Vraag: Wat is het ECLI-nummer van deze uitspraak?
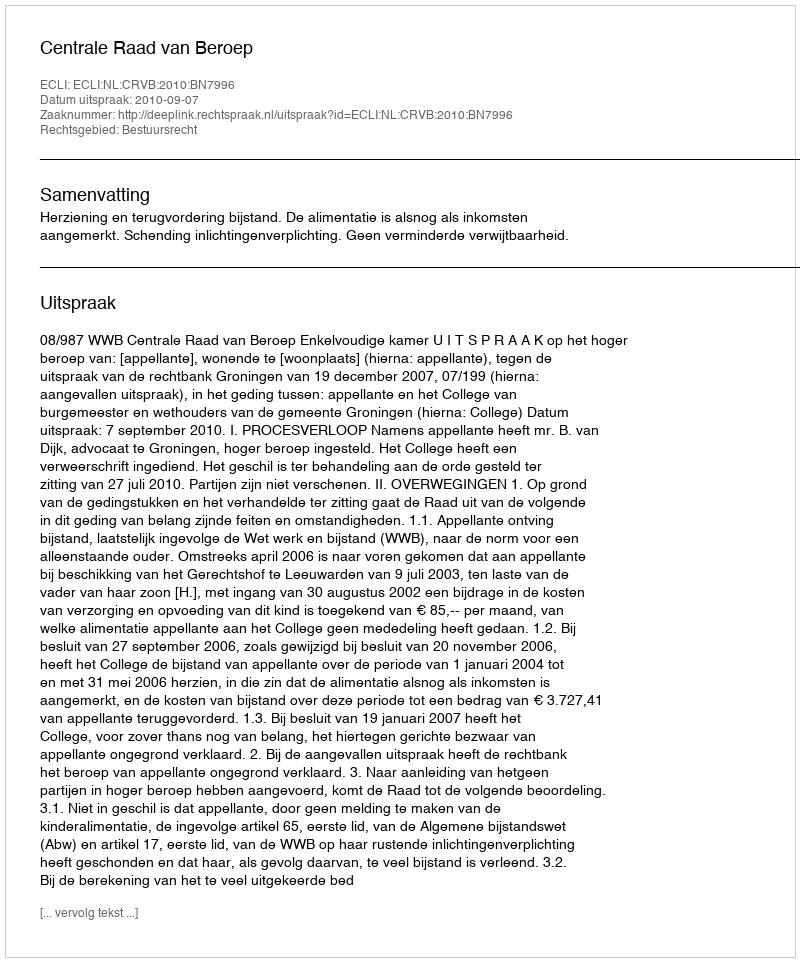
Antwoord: ECLI:NL:CRVB:2010:BN7996